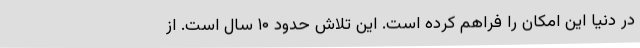
در دنیا این امکان را فراهم کرده است. این تلاش حدود ۱۰ سال است. از